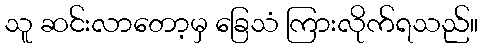
သူ ဆင်းလာတော့မှ ခြေသံ ကြားလိုက်ရသည်။